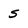
Character: s